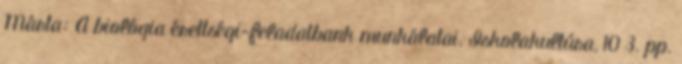
Márta: A biológia érettségi-feladatbank munkálatai. Iskolakultúra, 10 3. pp.